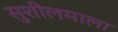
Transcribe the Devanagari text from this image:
सुशीलमाला